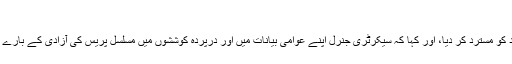
‘‘
مسٹر بان کے ترجمان نے اس تنقید کو مسترد کر دیا، اور کہا کہ سیکرٹری جنرل اپنے عوامی بیانات میں اور درپردہ کوششوں میں مسلسل پریس کی آزادی کے بارے میں اپنی آواز بلند کرتے رہے ہیں۔